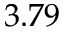
3 . 7 9